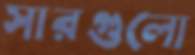
সারগুলো